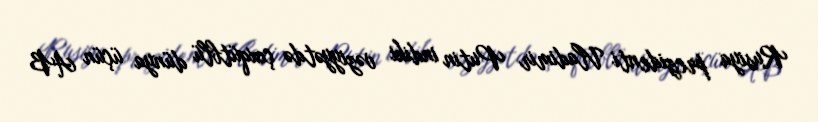
Rusiya prezidenti Vladimir Putin indiki vəziyyətdə çoxqütblü dünya üçün AB